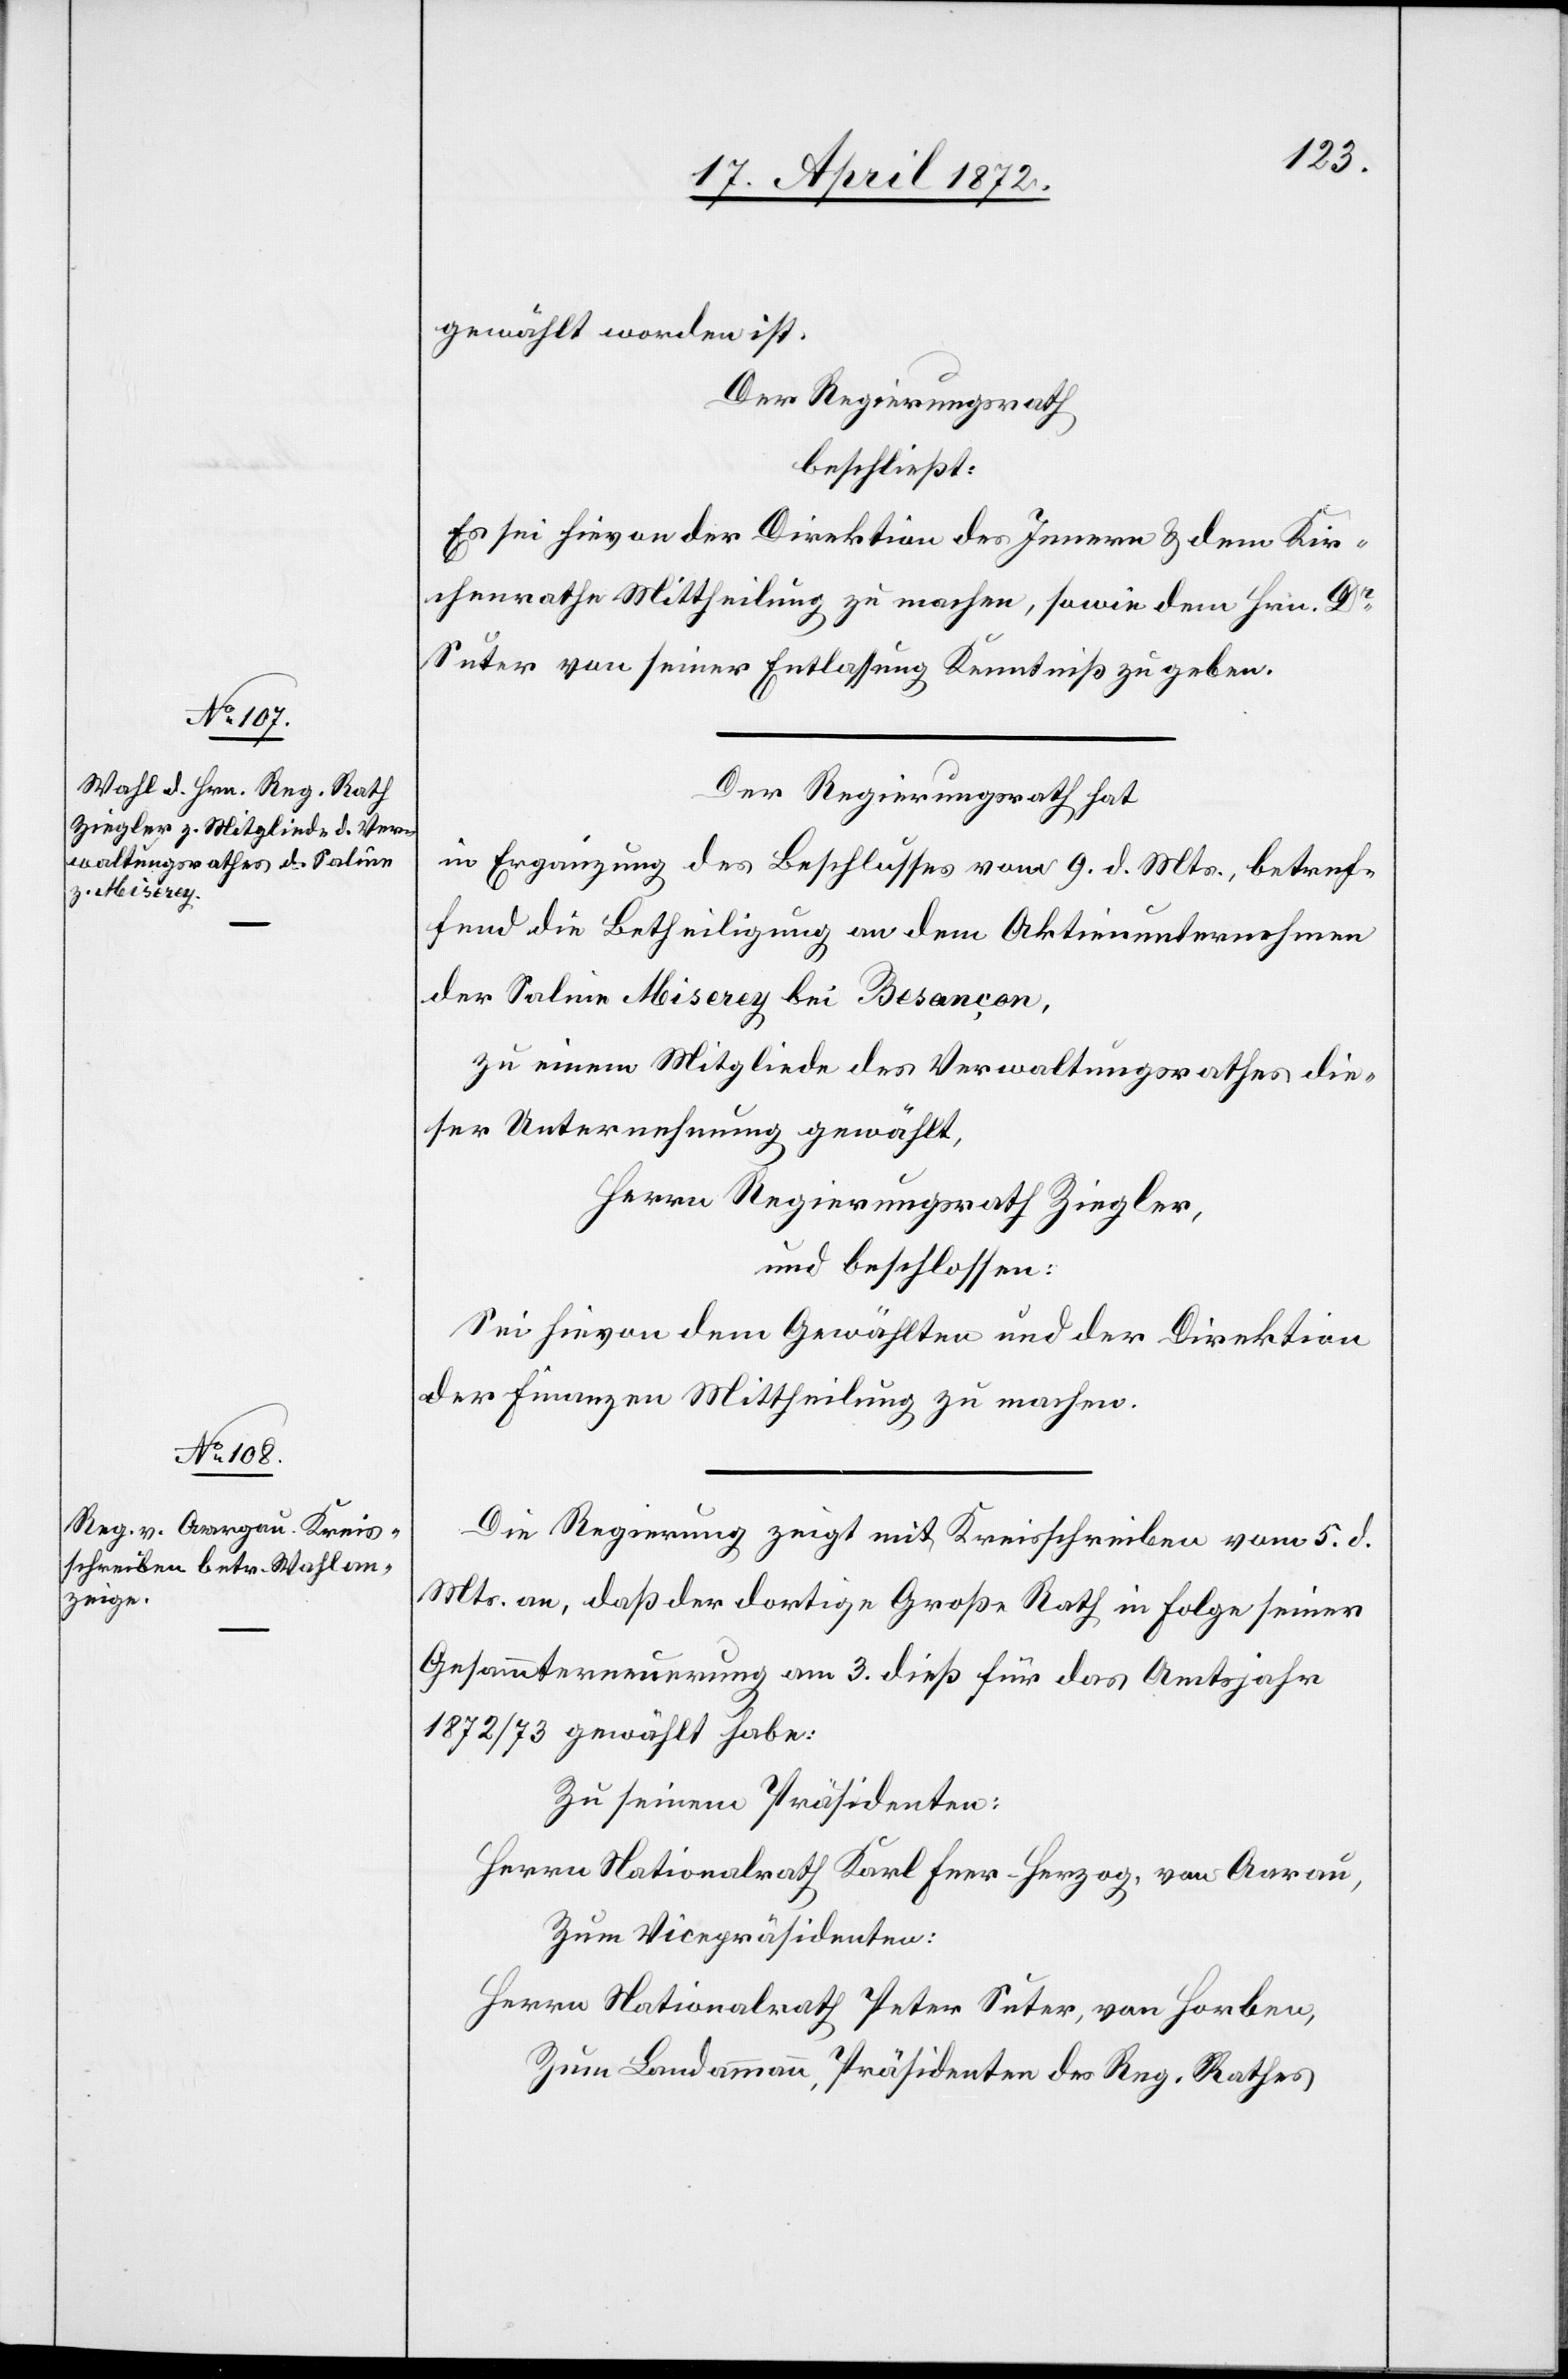
zeigt

vom 5.
gewählt worden ist.
Der Regierungsrath
beschließt:
Es sei hievon der Direktion des Innern u. dem Kir¬
chenrathe Mittheilung zu machen, sowie dem Hrn. Dr
Suter von seiner Entlassung Kenntniß zu geben.
Der Regierungsrath hat
in Ergänzung des Beschlusses vom 9. d. Mts., betref¬
fend die Betheiligung an dem Aktienunternehmen
der Saline Miserey bei Besançon,
zu einem Mitgliede des Verwaltungsrathes die¬
ser Unternehmung gewählt,
Herrn Regierungsrath Ziegler
und beschlossen:
Sei hievon dem Gewählten und der Direktion
der Finanzen Mittheilung zu machen.
Mts. an, daß der dortige Große Rath in Folge seiner
Gesammterneuerung am 3. dieß für das Amtsjahre
1872/73 gewählt habe:
Zu seinem Präsidenten:
Herrn Nationalrath Karl Feer-Herzog, von Aarau,
Zum Vicepräsidenten:
Herrn Nationalrath Peter Suter, von Horben,
Zum Landammann, Präsidenten des Reg. Rathes